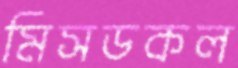
মিসডকল